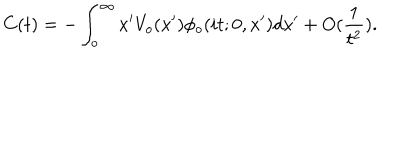
LaTeX: C ( t ) = - \int _ { o } ^ { \infty } x ^ { \prime } V _ { o } ( x ^ { \prime } ) \phi _ { o } ( i t ; 0 , x ^ { \prime } ) d x ^ { \prime } + O ( \frac { 1 } { t ^ { 2 } } ) .